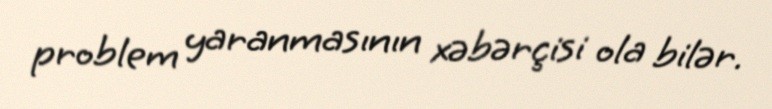
problem yaranmasının xəbərçisi ola bilər.